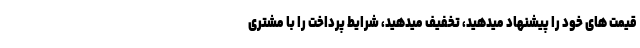
قیمت های خود را پیشنهاد میدهید، تخفیف میدهید، شرایط پرداخت را با مشتری